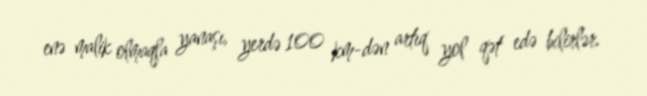
enə malik olmaqla yanaşı, yerdə 100 km-dən artıq yol qət edə bilirlər.